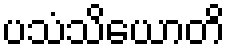
ပသံသိယောတိ